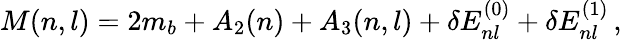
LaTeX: M(n,l)=2m_{b}+A_{2}(n)+A_{3}(n,l)+\delta E_{nl}^{(0)}+\delta E_{nl}^{(1)}\, ,